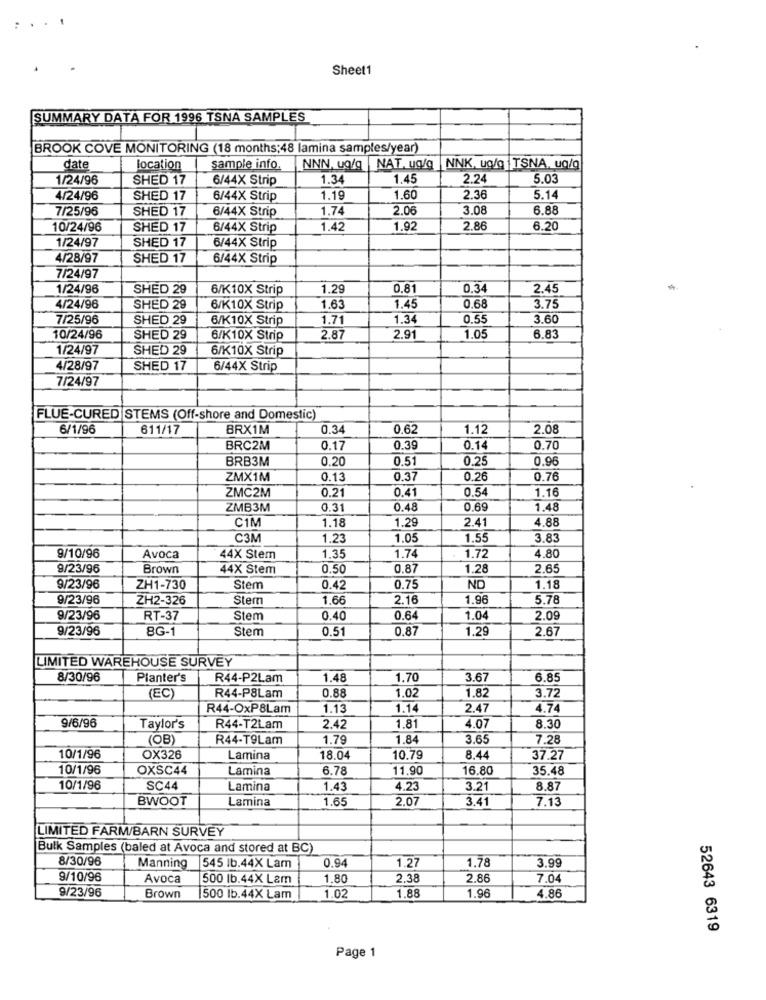
. . .
Sheet1
SUMMARY DATA FOR 1996 TSNA SAMPLES
BROOK COVE MONITORING (18 months;48 lamina samples/year)
date
location
sample info.
NNN, ug/g |NAT, ug/g |NNK, ug/g TSNA, ug/g
1/24/96
SHED 17
6/44X Strip
1.34
1.45
2.2
5.03
4/24/96
SHED 17
6/44X Strip
1.19
1.60
2.36
5.1
7/25/96
SHED 17
6/44X Strip
1.74
2.00
3.08
6.88
10/24/96
SHED 17
6/44X Strip
1.42
1.92
2.86
6.20
1/24/97
SHED 17
6/44X Strip
4/28/97
SHED 17
6/44X Strip
7/24/97
1/24/96
SHED 29
6/K10X Strip
1.29
0.81
0.3
2.45
0.6
4/24/96
SHED 29
6/K10X Strip
1.63
1.45
3.7
7/25/96
SHED 29
6/K10X Strip
1.71
1.34
0.55
3.60
10/24/96
SHED 29
6/K10X Strip
2.87
2.91
1.05
6.8.
1/24/97
SHED 29
6/K10X Strip
4/28/97
SHED 17
6/44X Strip
7/24/97
FLUE-CURED STEMS (Off-shore and Domestic)
6/1/96
611/17
BRX1M
0.34
0.62
1.12
2.08
BRC2M
0.17
0.39
0.14
0.70
BRB3M
0.20
0.51
0.25
0.96
ZMX1M
0.13
0.37
0.26
0.76
ZMC2M
0.21
0.41
0.54
1.16
ZMB3M
0.31
0.48
0.6
1.48
C1M
2.4
4.88
1.18
1.29
C3M
1.23
1.05
1.55
3.83
9/10/96
Avoca
44X Stem
1.35
1.74
1.72
4.80
9/23/96
Brown
44X Stem
0.50
0.87
1.28
2.65
9/23/96
ZH1-730
Stem
0.42
0.75
ND
1.18
9/23/96
ZH2-326
Stem
1.66
2.16
1.9
5.78
9/23/96
RT-37
Stem
0.40
0.64
1.04
2.09
9/23/96
8G-1
Stem
0.51
0.87
1.29
2.67
LIMITED WAREHOUSE SURVEY
8/30/96
Planter's
R44-P2Lam
1.48
1.70
3.67
6.85
0.8
1.0
1.82
3.72
(EC)
R44-P8Lam
R44-OxP8Lam
1.13
1.1
2.47
4.74
9/6/96
Taylor's
R44-T2Lam
2.42
1.81
4.07
8.30
(OB)
R44-T9Lam
1.79
1.84
3.65
7.28
10/1/96
OX326
Lamina
18.04
10.79
8.44
37.27
10/1/96
OXSC44
Lamina
6.78
11.90
16.80
35.48
10/1/96
SC44
Lamina
1.43
4.23
3.21
8.87
BWOOT
Lamina
1.6
2.07
3.41
7.13
LIMITED FARM/BARN SURVEY
Bulk Samples (baled at Avoca and stored at BC)
8/30/96
0.94
1.27
Manning
545 lb.44X Lam
1.78
3.99
9/10/96
Avoca
500 lb.44X Lam
1.80
2.38
2.86
7.04
9/23/96
1.88
Brown
500 lb.44X Lam
1.02
1.96
4.86
52643 6319
Page 1